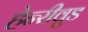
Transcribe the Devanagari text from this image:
हेन्‍रीवुड